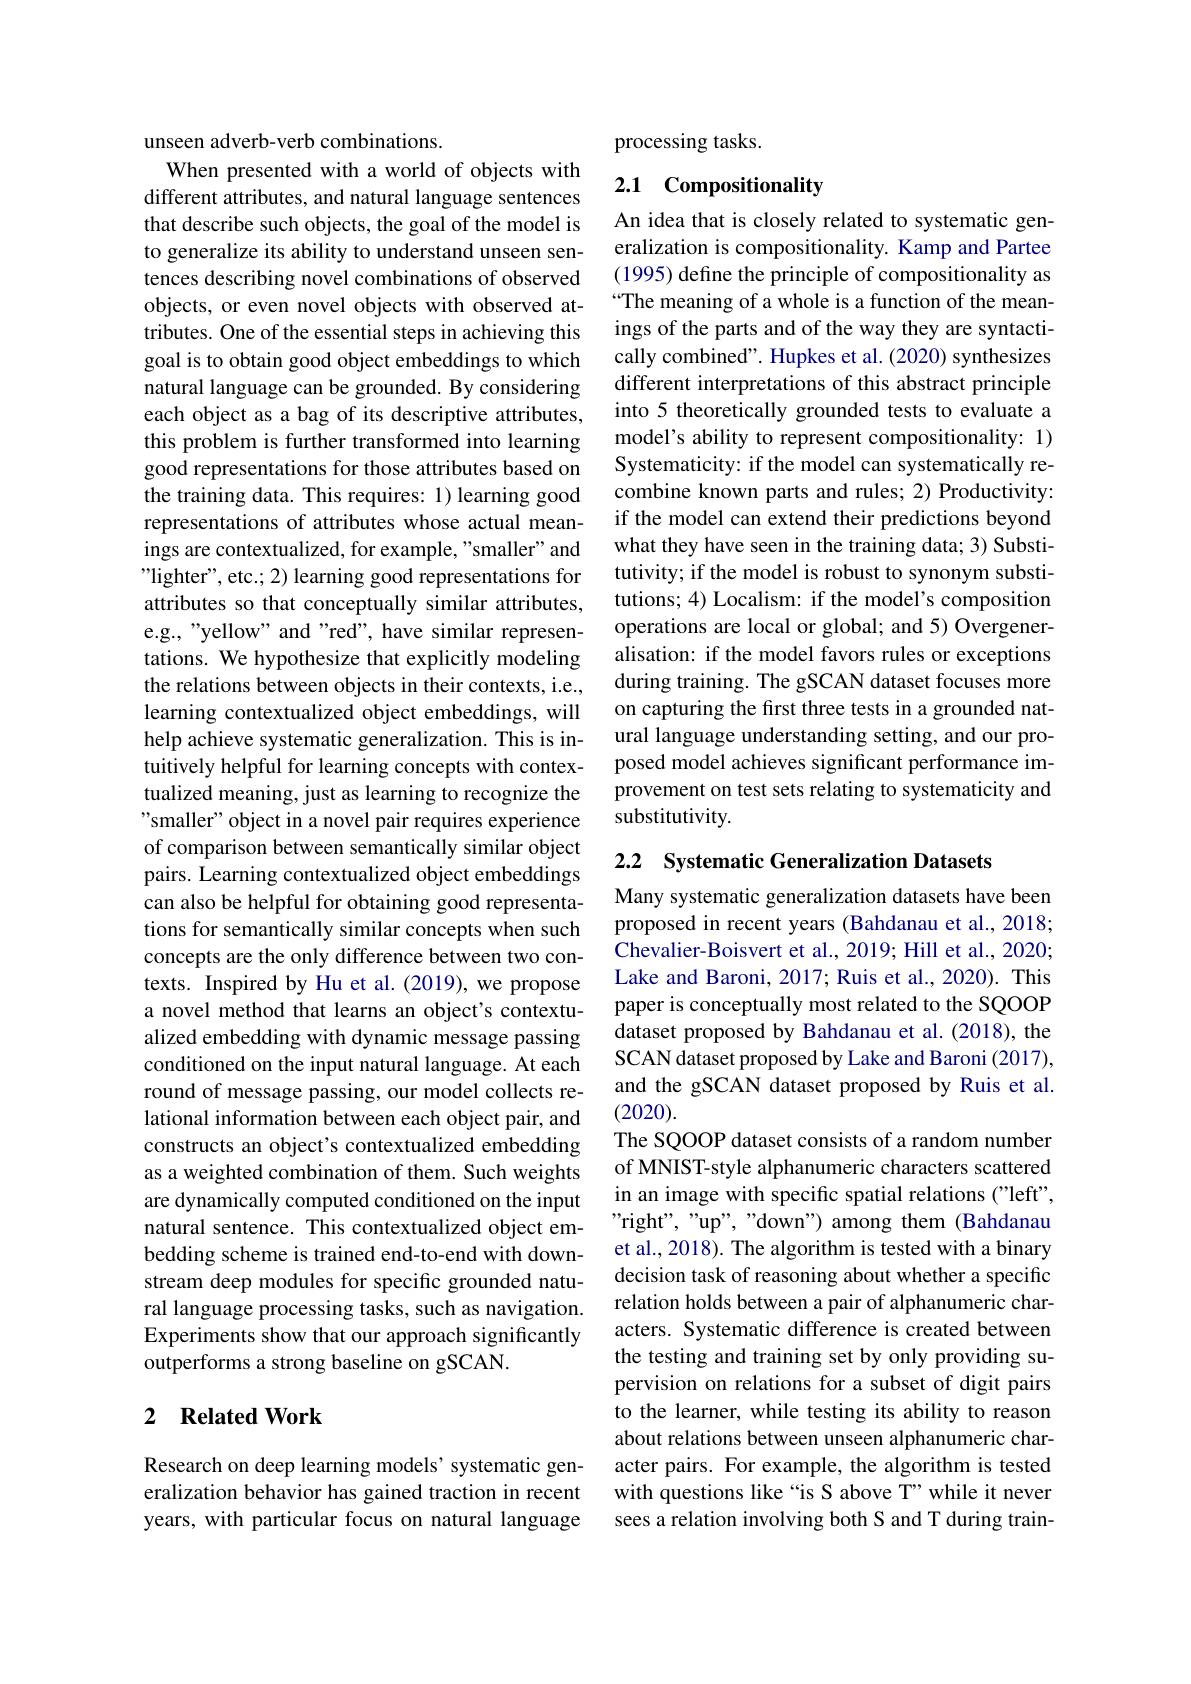
unseen adverb-verb combinations.
When presented with a world of objects with different attributes, and natural language sentences that describe such objects, the goal of the model is to generalize its ability to understand unseen sentences describing novel combinations of observed objects, or even novel objects with observed attributes. One of the essential steps in achieving this goal is to obtain good object embeddings to which natural language can be grounded. By considering each object as a bag of its descriptive attributes, this problem is further transformed into learning good representations for those attributes based on the training data. This requires: 1) learning good representations of attributes whose actual meanings are contextualized, for example, "smaller" and "lighter", etc.; 2) learning good representations for attributes so that conceptually similar attributes, e.g., "yellow" and "red", have similar representations. We hypothesize that explicitly modeling the relations between objects in their contexts, i.e., learning contextualized object embeddings, will help achieve systematic generalization. This is intuitively helpful for learning concepts with contextualized meaning, just as learning to recognize the "smaller" object in a novel pair requires experience of comparison between semantically similar object pairs. Learning contextualized object embeddings can also be helpful for obtaining good representations for semantically similar concepts when such concepts are the only difference between two contexts. Inspired by Hu et al.(2019), we propose a novel method that learns an object's contextualized embedding with dynamic message passing conditioned on the input natural language. At each round of message passing, our model collects relational information between each object pair, and constructs an object's contextualized embedding as a weighted combination of them. Such weights are dynamically computed conditioned on the input natural sentence. This contextualized object embedding scheme is trained end-to-end with downstream deep modules for specific grounded natural language processing tasks, such as navigation. Experiments show that our approach significantly outperforms a strong baseline on gSCAN.

### 2 $\textbf{Related Work}$

Research on deep learning models' systematic generalization behavior has gained traction in recent years, with particular focus on natural language

processing tasks.

# 2.1 Compositionality

An idea that is closely related to systematic generalization is compositionality. Kamp and Partee (1995) define the principle of compositionality as “The meaning of a whole is a function of the meanings of the parts and of the way they are syntactically combined". Hupkes et al. (2020) synthesizes different interpretations of this abstract principle into 5 theoretically grounded tests to evaluate a model's ability to represent compositionality: 1) Systematicity: if the model can systematically recombine known parts and rules; 2) Productivity: if the model can extend their predictions beyond what they have seen in the training data; 3) Substitutivity; if the model is robust to synonym substitutions; 4) Localism: if the model's composition operations are local or global; and 5) Overgeneralisation: if the model favors rules or exceptions during training. The gSCAN dataset focuses more on capturing the first three tests in a grounded natural language understanding setting, and our proposed model achieves significant performance improvement on test sets relating to systematicity and substitutivity.

2.2 Systematic Generalization Datasets

Many systematic generalization datasets have been proposed in recent years (Bahdanau et al., 2018; Chevalier-Boisvert et al., 2019; Hill et al., 2020; Lake and Baroni, 2017; Ruis et al., 2020). This paper is conceptually most related to the SQOOP dataset proposed by Bahdanau et al.(2018), the SCAN dataset proposed by Lake and Baroni (2017), and the gSCAN dataset proposed by Ruis et al. (2020).
The SQOOP dataset consists of a random number of MNIST-style alphanumeric characters scattered in an image with specific spatial relations ("left", "right", "up", "down") among them (Bahdanau et al., 2018). The algorithm is tested with a binary decision task of reasoning about whether a specific relation holds between a pair of alphanumeric characters. Systematic difference is created between the testing and training set by only providing supervision on relations for a subset of digit pairs to the learner, while testing its ability to reason about relations between unseen alphanumeric character pairs. For example, the algorithm is tested with questions like “is S above T”while it never sees a relation involving both S and T during train-